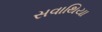
સવાથિયા